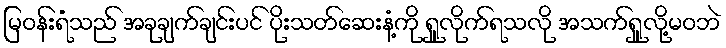
မြဝန်းရံသည် အခုချက်ချင်းပင် ပိုးသတ်ဆေးနံ့ကို ရှူလိုက်ရသလို အသက်ရှူလို့မဝဘဲ